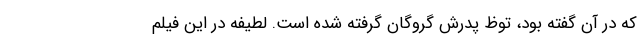
که در آن گفته بود، توظ پدرش گروگان گرفته شده است. لطیفه در این فیلم